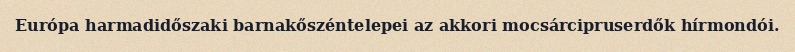
Európa harmadidőszaki barnakőszéntelepei az akkori mocsárcipruserdők hírmondói.